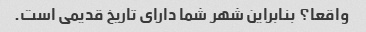
واقعا؟ بنابراین شهر شما دارای تاریخ قدیمی است.